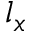
l _ { x }